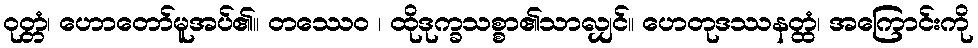
ဝုတ္တံ၊ ဟောတော်မူအပ်၏။ တဿေဝ ၊ ထိုဒုက္ခသစ္စာ၏သာလျှင်။ ဟေတုဒဿနတ္ထံ၊ အကြောင်းကို